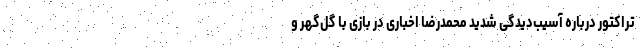
تراکتور درباره آسیب‌دیدگی شدید محمدرضا اخباری در بازی با گل‌گهر و